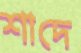
শাদে